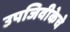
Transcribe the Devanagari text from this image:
उपजिवीकेचे